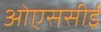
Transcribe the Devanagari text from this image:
ओएससीई